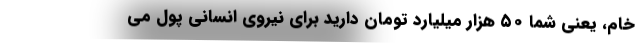
خام، یعنی شما ۵۰ هزار میلیارد تومان دارید برای نیروی انسانی پول می